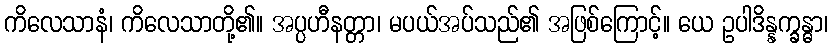
ကိလေသာနံ၊ ကိလေသာတို့၏။ အပ္ပဟီနတ္တာ၊ မပယ်အပ်သည်၏ အဖြစ်ကြောင့်။ ယေ ဥပါဒိန္နက္ခန္ဓာ၊